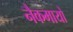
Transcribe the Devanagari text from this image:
नैकमायो